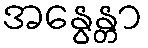
အနွေန္တာ